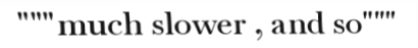
"""much slower , and so"""